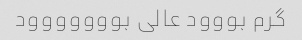
گرم بووود عالی بووووووود